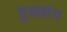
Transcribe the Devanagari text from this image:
तुस्‍लांग